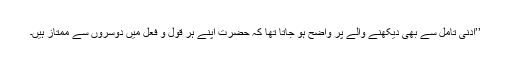
’’ادنیٰ تأمل سے بھی دیکھنے والے پر واضح ہو جاتا تھا کہ حضرت اپنے ہر قول و فعل میں دوسروں سے ممتاز ہیں۔